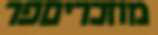
מוזכריםפר